Scottish Leaving Certificate Examination, 1951
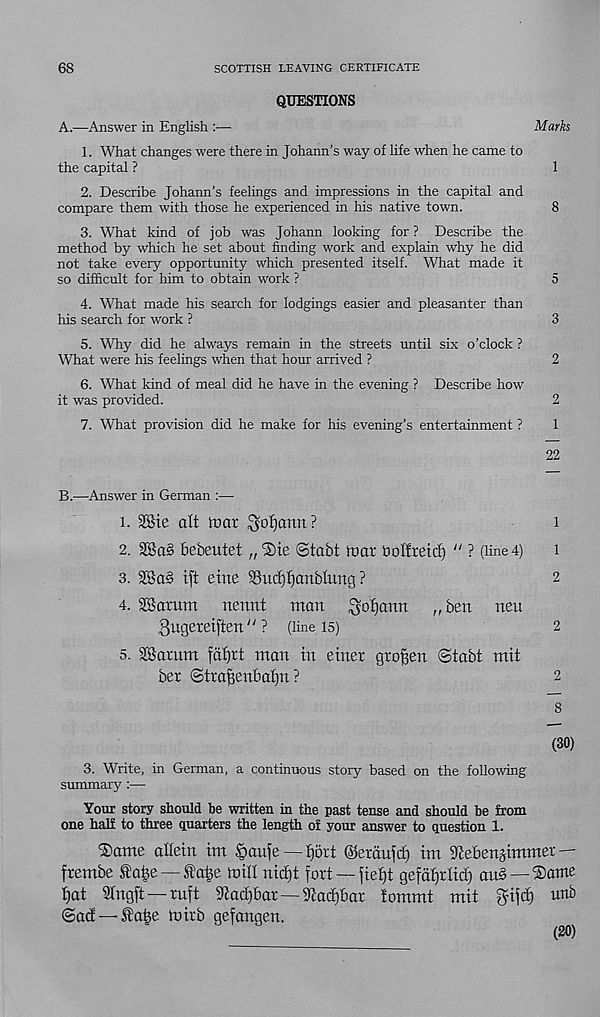
68
SCOTTISH LEAVING CERTIFICATE
QUESTIONS
A.—Answer in English :—
Marks
1. What changes were there in Johann’s way of life when he came to
the capital ?
1
2. Describe Johann’s feelings and impressions in the capital and
compare them with those he experienced in his native town.
8
3. What kind of job was Johann looking for ? Describe the
method by which he set about finding work and explain why he did
not take every opportunity which presented itself. What made it
so difficult for him to obtain work ?
5
4. What made his search for lodgings easier and pleasanter than
his search for work ?
3
5. Why did he always remain in the streets until six o’clock ?
What were his feelings when that hour arrived ?
2
6. What kind of meal did he have in the evening ? Describe how
it was provided.
2
7. What provision did he make for his evening’s entertainment ?
1
22
B.—Answer in German :—
1. 28ie alt ttmr ^ofiann?
i
2. 2Sa§ fiebeutet „ ®ie Stabt foar bolfreid} 11 ? (line 4)
i
3. 2Ba§ tft eine SBucfjIjanbtuucj ?
2
4. SBamm
nennt
man
^ofiann
,, ben neu
gugereiften" ? (line is)
2
5. 28amm fa£)tt man in etner graven ©tabt mit
bex ©trafjenbatin ?
2
8
(30)
3. Write, in German, a continuous story based on the following
summary :—•
Your story should be written in the past tense and should be from
one half to three quarters the length of your answer to question 1.
2)ante alletn tm §aufe — fjoxt ©eraufd) im Stebenjimmer —
frembe fa£e —fa£e mill nidjt fort — fiefjt gefafjtltcf) au§ —®ante
ifat Sfngft — tuft 9tad)6ax — Scadfbat lommt mit fjifci) unb
@ad — £a|e toirb gefangen.
(20)